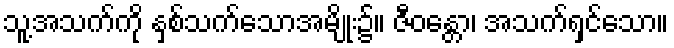
သူ့အသက်ကို နှစ်သက်သောအမျိုး၌။ ဇီဝန္တော၊ အသက်ရှင်သော။